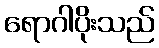
ရောဂါပိုးသည်